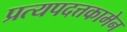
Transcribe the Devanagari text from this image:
प्रत्यपदत्तकामेन